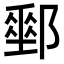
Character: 𨞄